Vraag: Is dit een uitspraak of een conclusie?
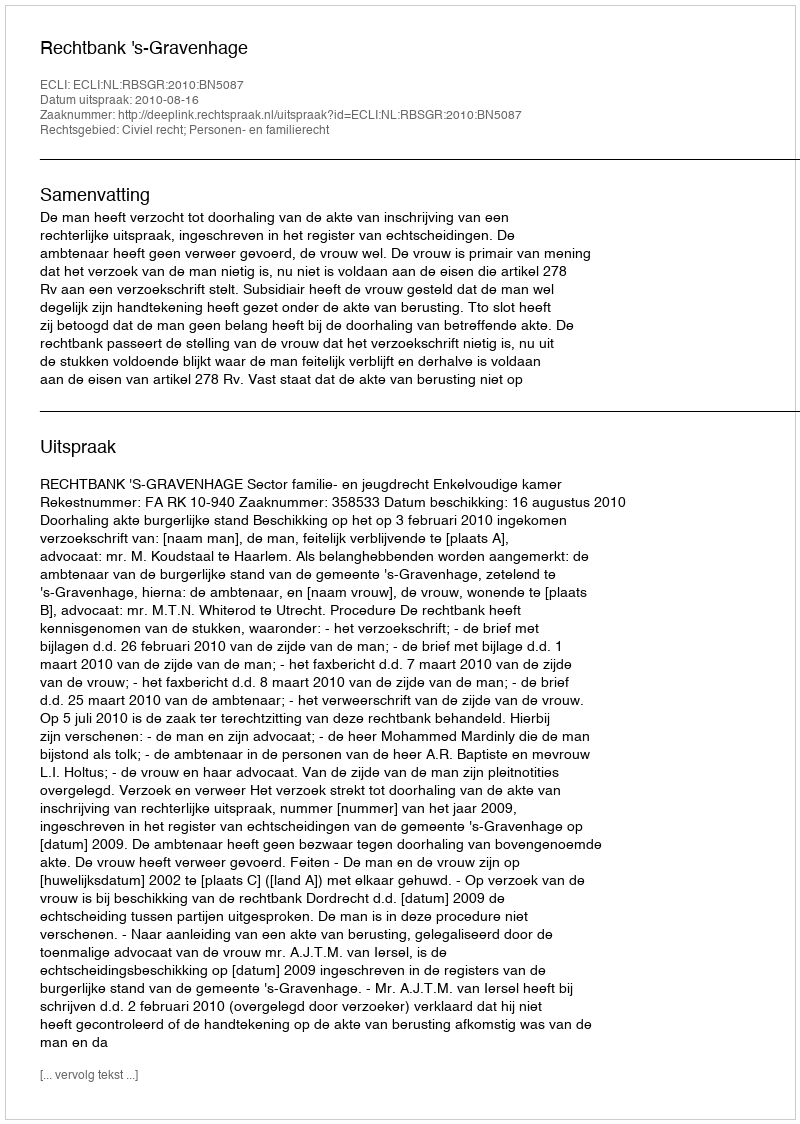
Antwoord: Uitspraak